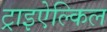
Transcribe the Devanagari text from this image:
ट्राइऐल्किल